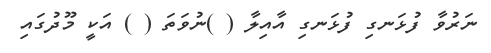
ނަރުވާ ފުޅަނގި ފުޅަނގި އާއިލާ ( )ނުވަތަ ( ) އަކީ މޫދުގައި